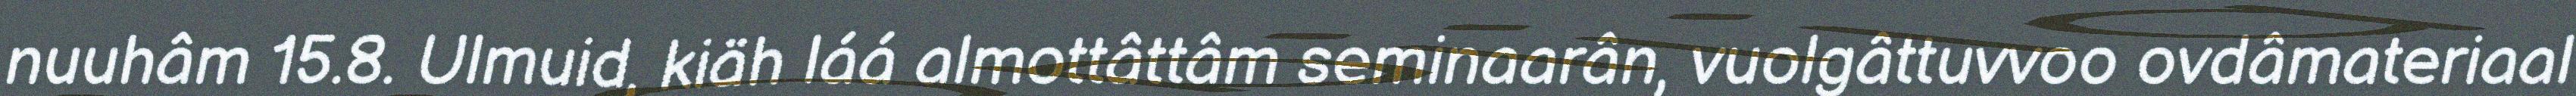
nuuhâm 15.8. Ulmuid, kiäh láá almottâttâm seminaarân, vuolgâttuvvoo ovdâmateriaal